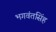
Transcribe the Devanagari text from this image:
भगवंतसिंह